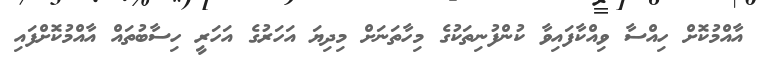
އާއްމުކޮށް ހިއްސާ ވިއްކާފައިވާ ކުންފުނިތަކުގެ މިހާތަނަށް މިދިޔަ އަހަރުގެ އަހަރީ ހިސާބުތައް އާއްމުކޮށްފައި